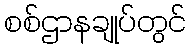
စစ်ဌာနချုပ်တွင်